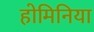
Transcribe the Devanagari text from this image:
होमिनिया